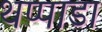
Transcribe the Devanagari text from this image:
थप्पाडा